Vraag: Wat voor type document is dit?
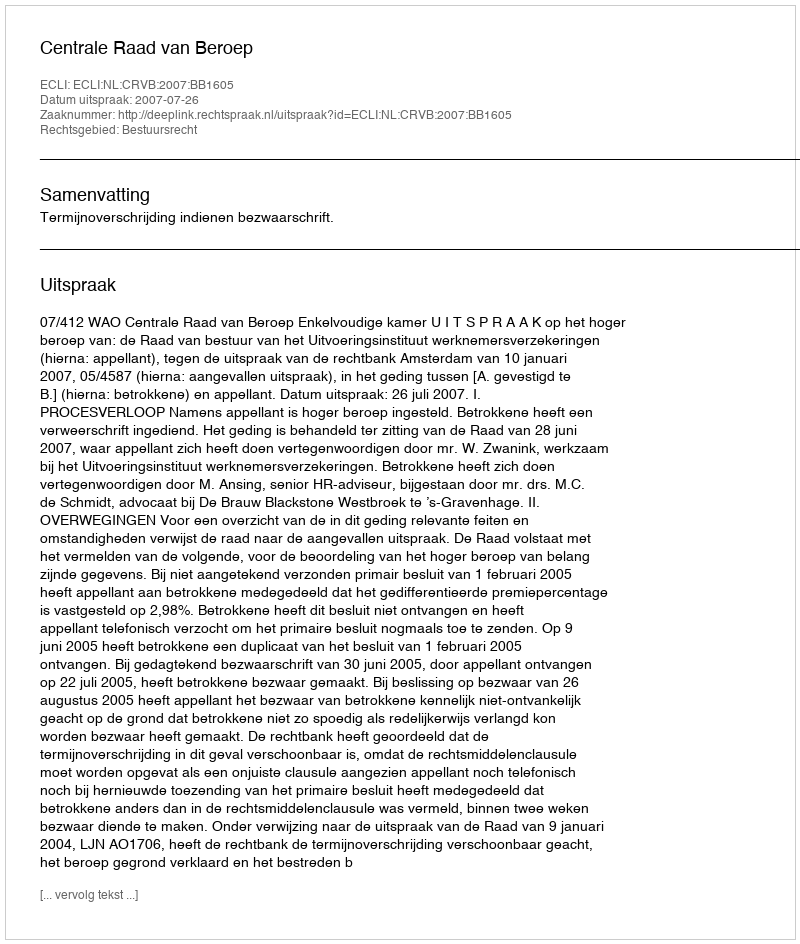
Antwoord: Uitspraak